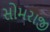
સોમરાજી